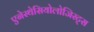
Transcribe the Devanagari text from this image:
एनेस्थेसियोलोजिस्ट्स